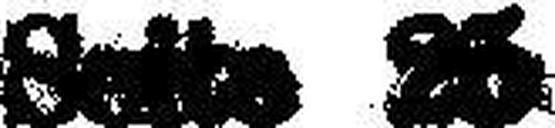
Seite 25